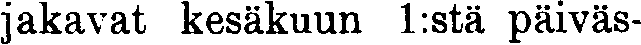
jakavat kesäkuun 1:stä päiväs-